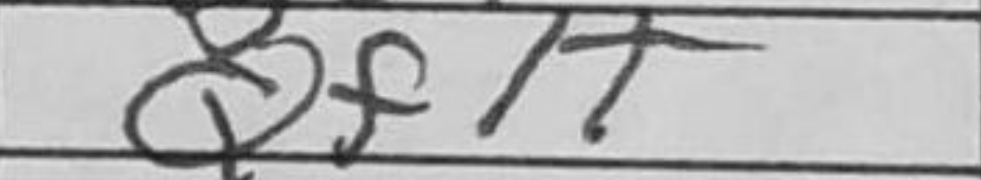
Transcription: Qf1+